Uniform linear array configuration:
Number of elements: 12
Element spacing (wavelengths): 0.25
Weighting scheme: exponential
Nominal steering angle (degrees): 0
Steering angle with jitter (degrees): -0.1876
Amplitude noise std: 0.05
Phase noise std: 0.05

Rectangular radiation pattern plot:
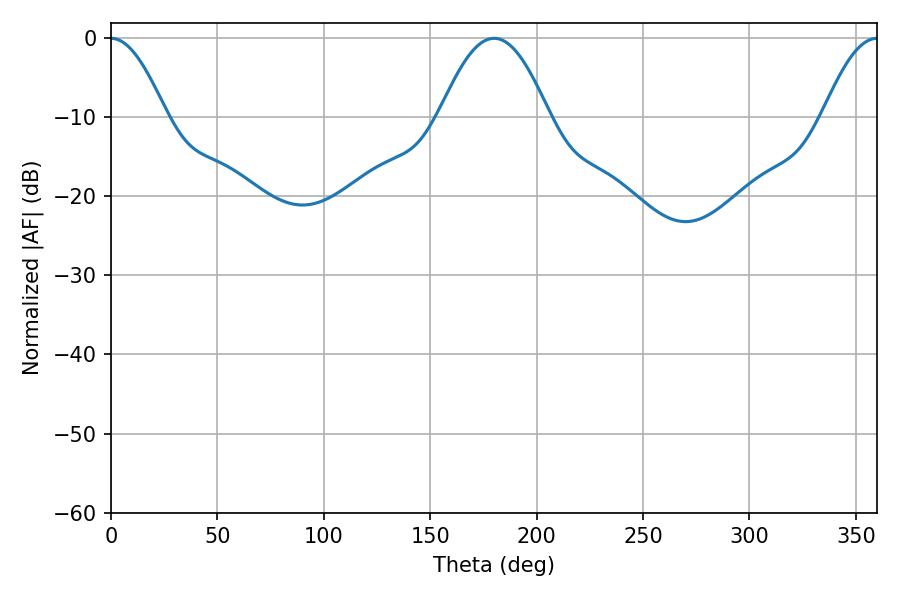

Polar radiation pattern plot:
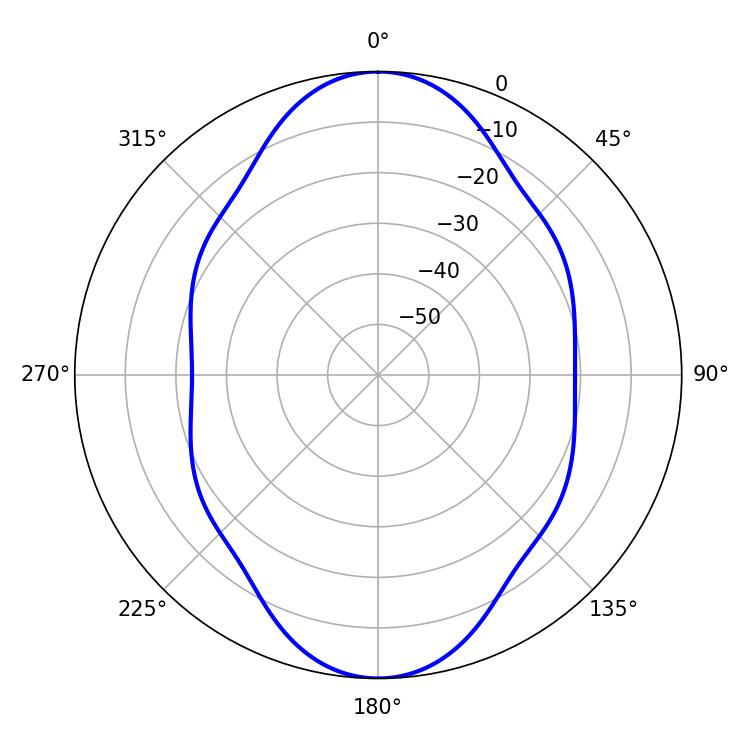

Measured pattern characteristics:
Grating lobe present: FALSE
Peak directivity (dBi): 23.717
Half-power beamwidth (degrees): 13.86
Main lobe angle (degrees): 0